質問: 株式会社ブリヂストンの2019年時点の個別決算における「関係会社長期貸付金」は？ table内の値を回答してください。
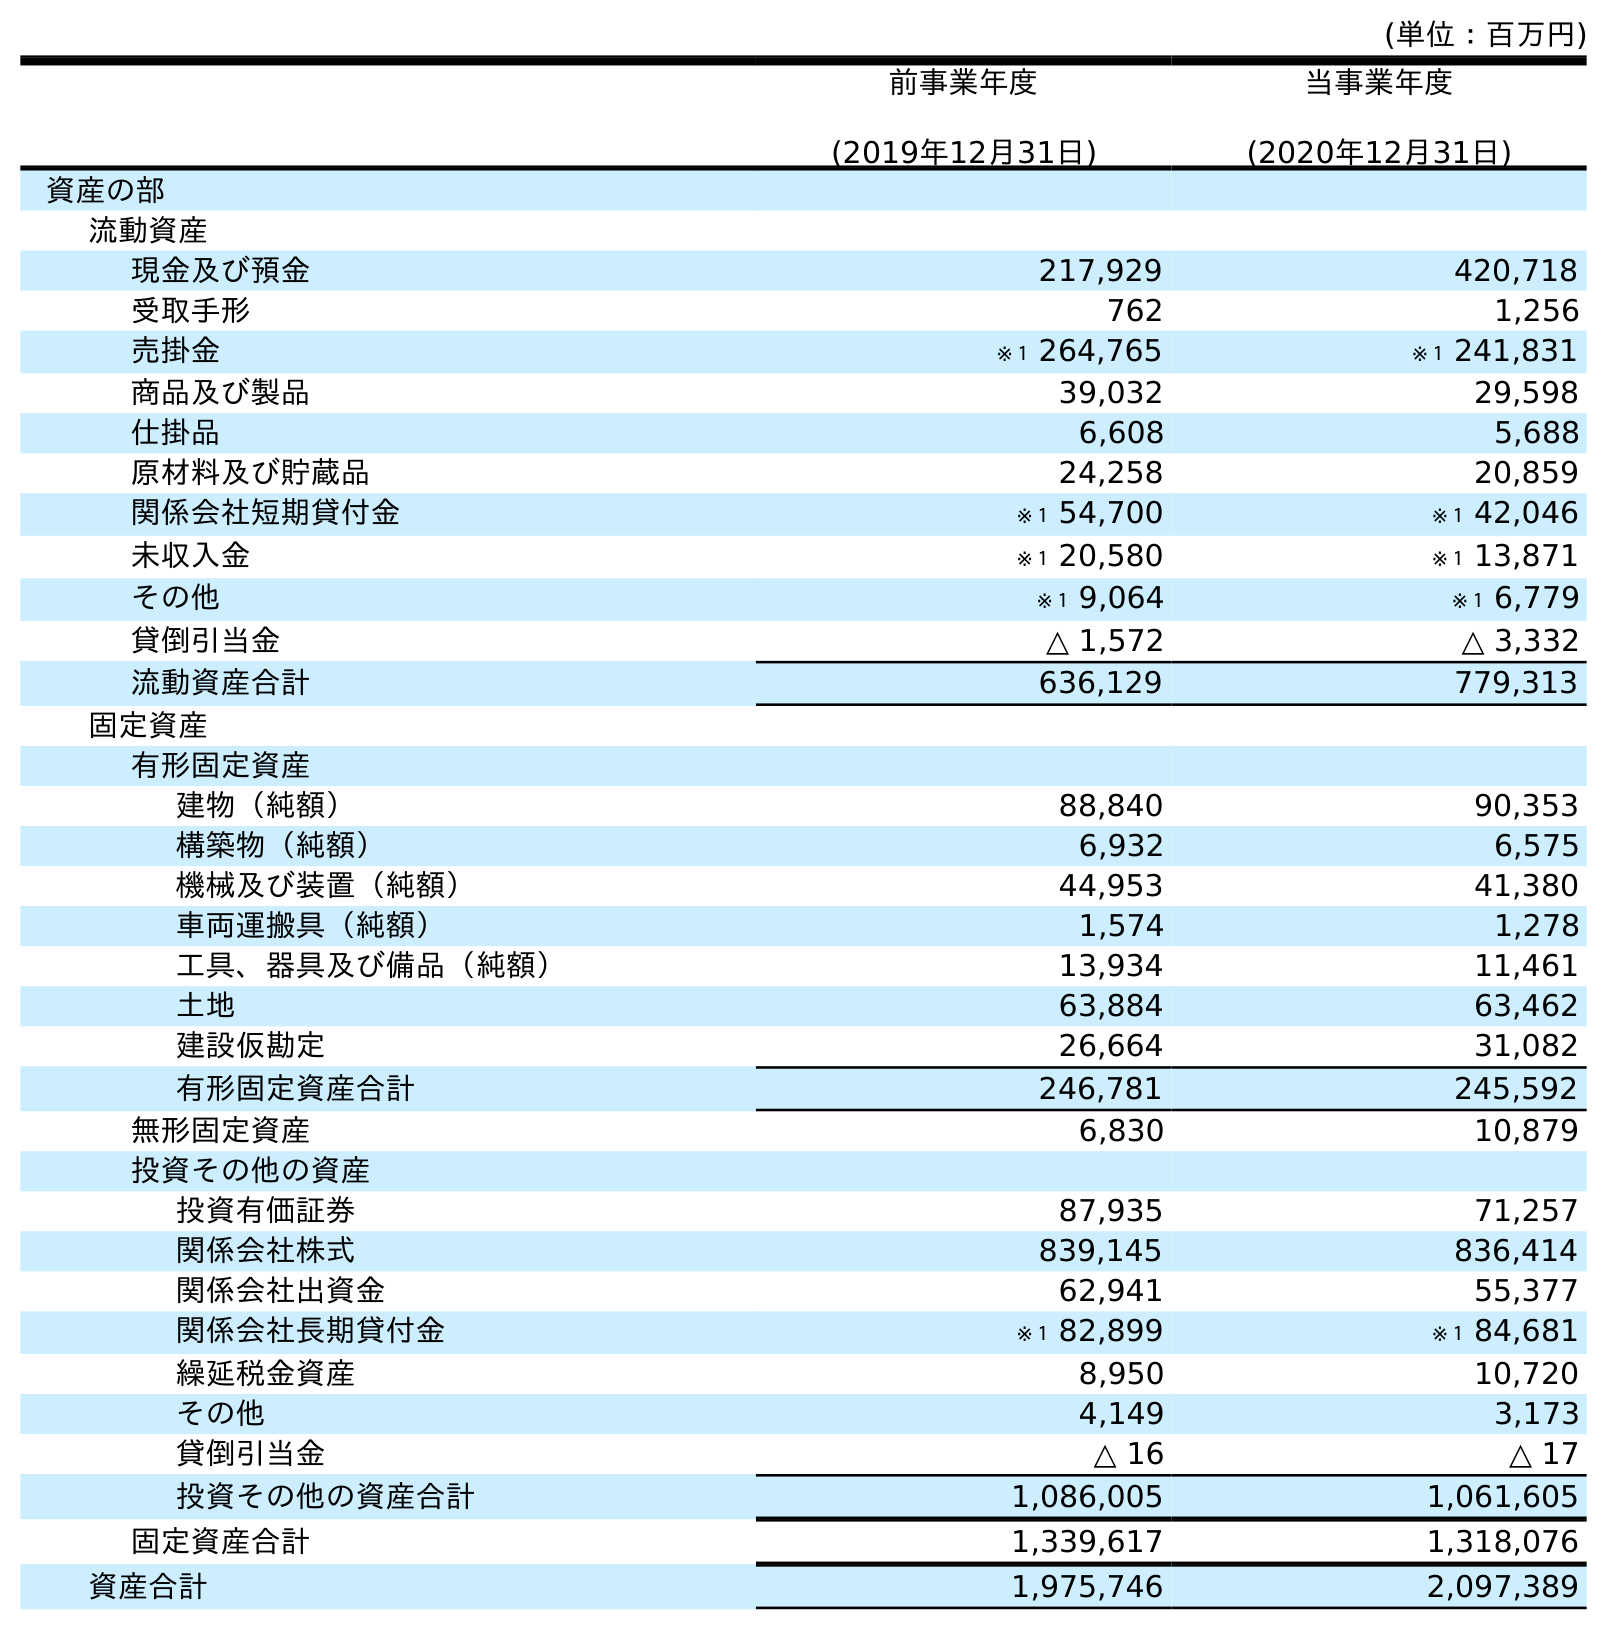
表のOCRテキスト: (単位：百万円) 前事業年度 (2019年12月31日) 当事業年度 (2020年12月31日) 資産の部 流動資産 現金及び預金 217,929 420,718 受取手形 762 1,256 売掛金 ※１ 264,765 ※１ 241,831 商品及び製品 39,032 29,598 仕掛品 6,608 5,688 原材料及び貯蔵品 24,258 20,859 関係会社短期貸付金 ※１ 54,700 ※１ 42,046 未収入金 ※１ 20,580 ※１ 13,871 その他 ※１ 9,064 ※１ 6,779 貸倒引当金 △ 1,572 △ 3,332 流動資産合計 636,129 779,313 固定資産 有形固定資産 建物（純額） 88,840 90,353 構築物（純額） 6,932 6,575 機械及び装置（純額） 44,953 41,380 車両運搬具（純額） 1,574 1,278 工具、器具及び備品（純額） 13,934 11,461 土地 63,884 63,462 建設仮勘定 26,664 31,082 有形固定資産合計 246,781 245,592 無形固定資産 6,830 10,879 投資その他の資産 投資有価証券 87,935 71,257 関係会社株式 839,145 836,414 関係会社出資金 62,941 55,377 関係会社長期貸付金 ※１ 82,899 ※１ 84,681 繰延税金資産 8,950 10,720 その他 4,149 3,173 貸倒引当金 △ 16 △ 17 投資その他の資産合計 1,086,005 1,061,605 固定資産合計 1,339,617 1,318,076 資産合計 1,975,746 2,097,389
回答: ※１82,899